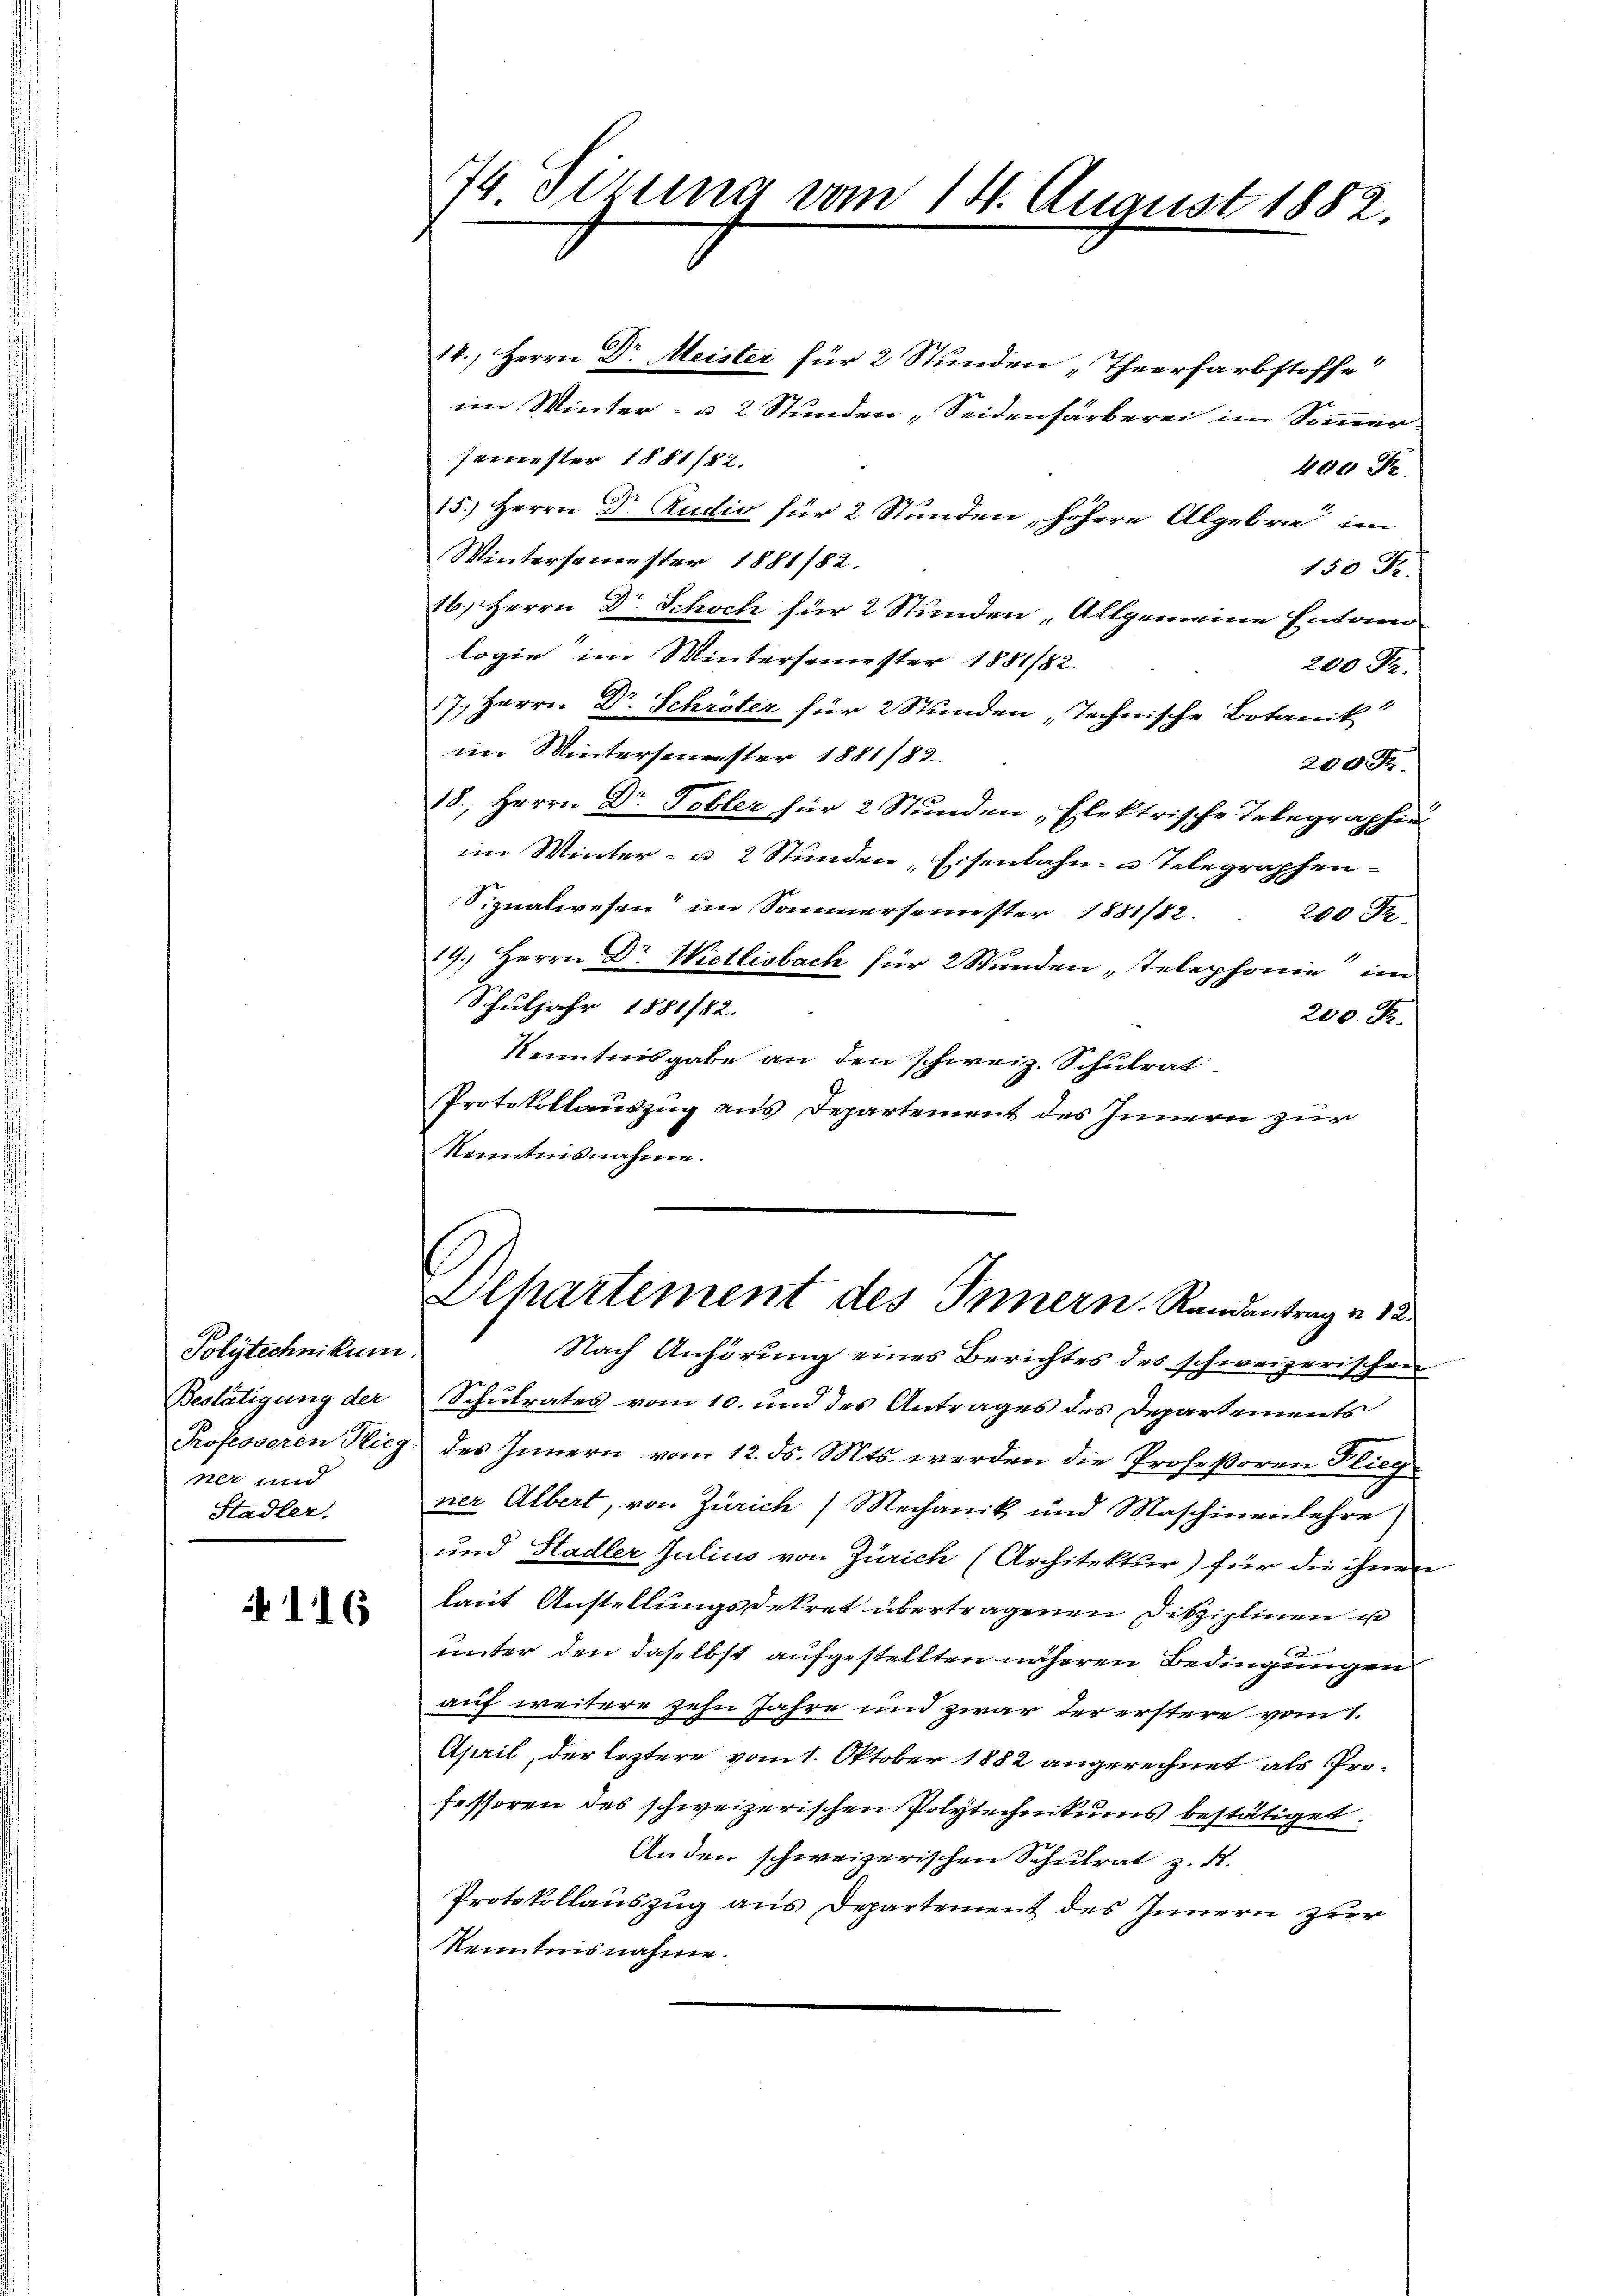
Polytechnikum.
Bestätigung der
Professoren Flieg
ner und
Stadler.

116

74. Sizung vom 14. August 1882.

14., Herrn Dr Meister für 2 Stunden „Theerfarbstoffe
im Winter- u 2 Stunden „Seidenfärberei im Sommer
semester 1881/82.
400 F
15.) Herrn Dr. Rudio für 2 Stunden, höhere Algebra im
Wintersemester 1881/82.
150 Fr.
16.) Herrn Dr Schoch für 2 Stunden „Allgemeine Entwen
logie im Wintersemester 1881/82.
200 Fr.
17. Herrn Dr. Schröter für 2 Stunden „Technische Botanik
im Wintersemester 1881/82.
200 F
18., Herrn Dr. Tobler für 2 Stunden, Elektrische Telegraphieim Winter- u. 2 Stunden, Eisenbahn- u. Telegraphen.
Signalwesen im Sonnersemester 1881/82.
200 Fr.
19.) Herrn Dr Wietlisbach für 2 Stunden „Telephonie im
Schuljahr 1881/82.
200. Fr.
Kenntnisgabe an den schweiz. Schulrat
Protokollauszug aus Departement des Innern zur
Kenntnisnahme.
C
Olhartement des Innern Randantrag v. 12.
Nach Anhörung eines Berichtes des schweizerischen
Schulrates vom 10. und des Antrages des Departements
des Innern vom 12. ds. Mts. werden die Profeßoren Flieg
ner Albert, von Zürich) Mechanik und Maschinenlehre
und Stadler Julius von Zürich (Architektur) für die ihren
laut Anstellungsdekret übertragenen Disziplinen un
unter den daselbst aufgestellten näheren Bedingungen
auf weitere zehn Jahre und zwar der erstere vom 1.
April, der leztere vom 1. Oktober 1882 angerechnet als Professoren des schweizerischen Polytechnikums bestätiget.
Anden schweizerischen Schulrat z. R.
Protokollauszug aus Departement des Innern zur
Kenntnisnahme.